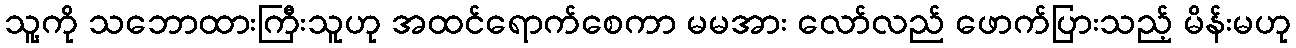
သူ့ကို သဘောထားကြီးသူဟု အထင်ရောက်စေကာ မမအား လော်လည် ဖောက်ပြားသည့် မိန်းမဟု